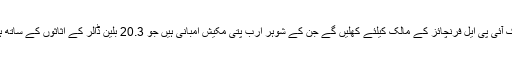
اس کا مطلب یہی ہوا کہ شعیب ملک آئی پی ایل فرنچائز کے مالک کیلئے کھلیں گے جن کے شوہر ارب پتی مکیش امبانی ہیں جو 20.3 بلین ڈالر کے اثاثوں کے ساتھ ہندوستان کے امیر ترین شخص ہیں۔